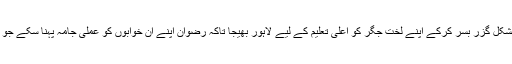
اس کے غریب والدین نے بمشکل گزر بسر کرکے اپنے لخت جگر کو اعلی تعلیم کے لیے لاہور بھیجا تاکہ رضوان اپنے ان خوابوں کو عملی جامہ پہنا سکے جو وہ بچپن سے دیکھتا رہا ہے۔